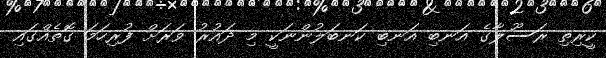
ކީރިތި ރަސޫލާގެ އަނބި އަނބި ކަނބަލުންނަކީ މި ދައުރު ވަރަށް ފުރިހަމަ ގޮތެއްގައި